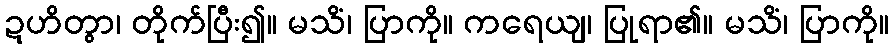
ဍဟိတွာ၊ တိုက်ပြီး၍။ မသိံ၊ ပြာကို။ ကရေယျ၊ ပြုရာ၏။ မသိံ၊ ပြာကို။